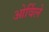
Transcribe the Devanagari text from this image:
ओर्विले